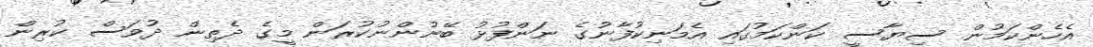
އެހެންކަމުން ސިޔާސީ ކަންކަމުގައި އެމަނިކުފާނުގެ ނަންފުޅު ބޭނުންނުކުރަން މީގެ ދެތިން ދުވަސް ކުރިން